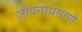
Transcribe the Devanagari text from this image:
जीवनाप्रमाणे